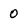
Character: 0